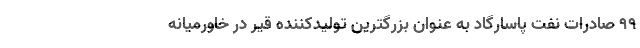
99 صادرات نفت پاسارگاد به عنوان بزرگترین تولیدکننده قیر در خاورمیانه